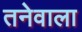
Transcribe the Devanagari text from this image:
तनेवाला